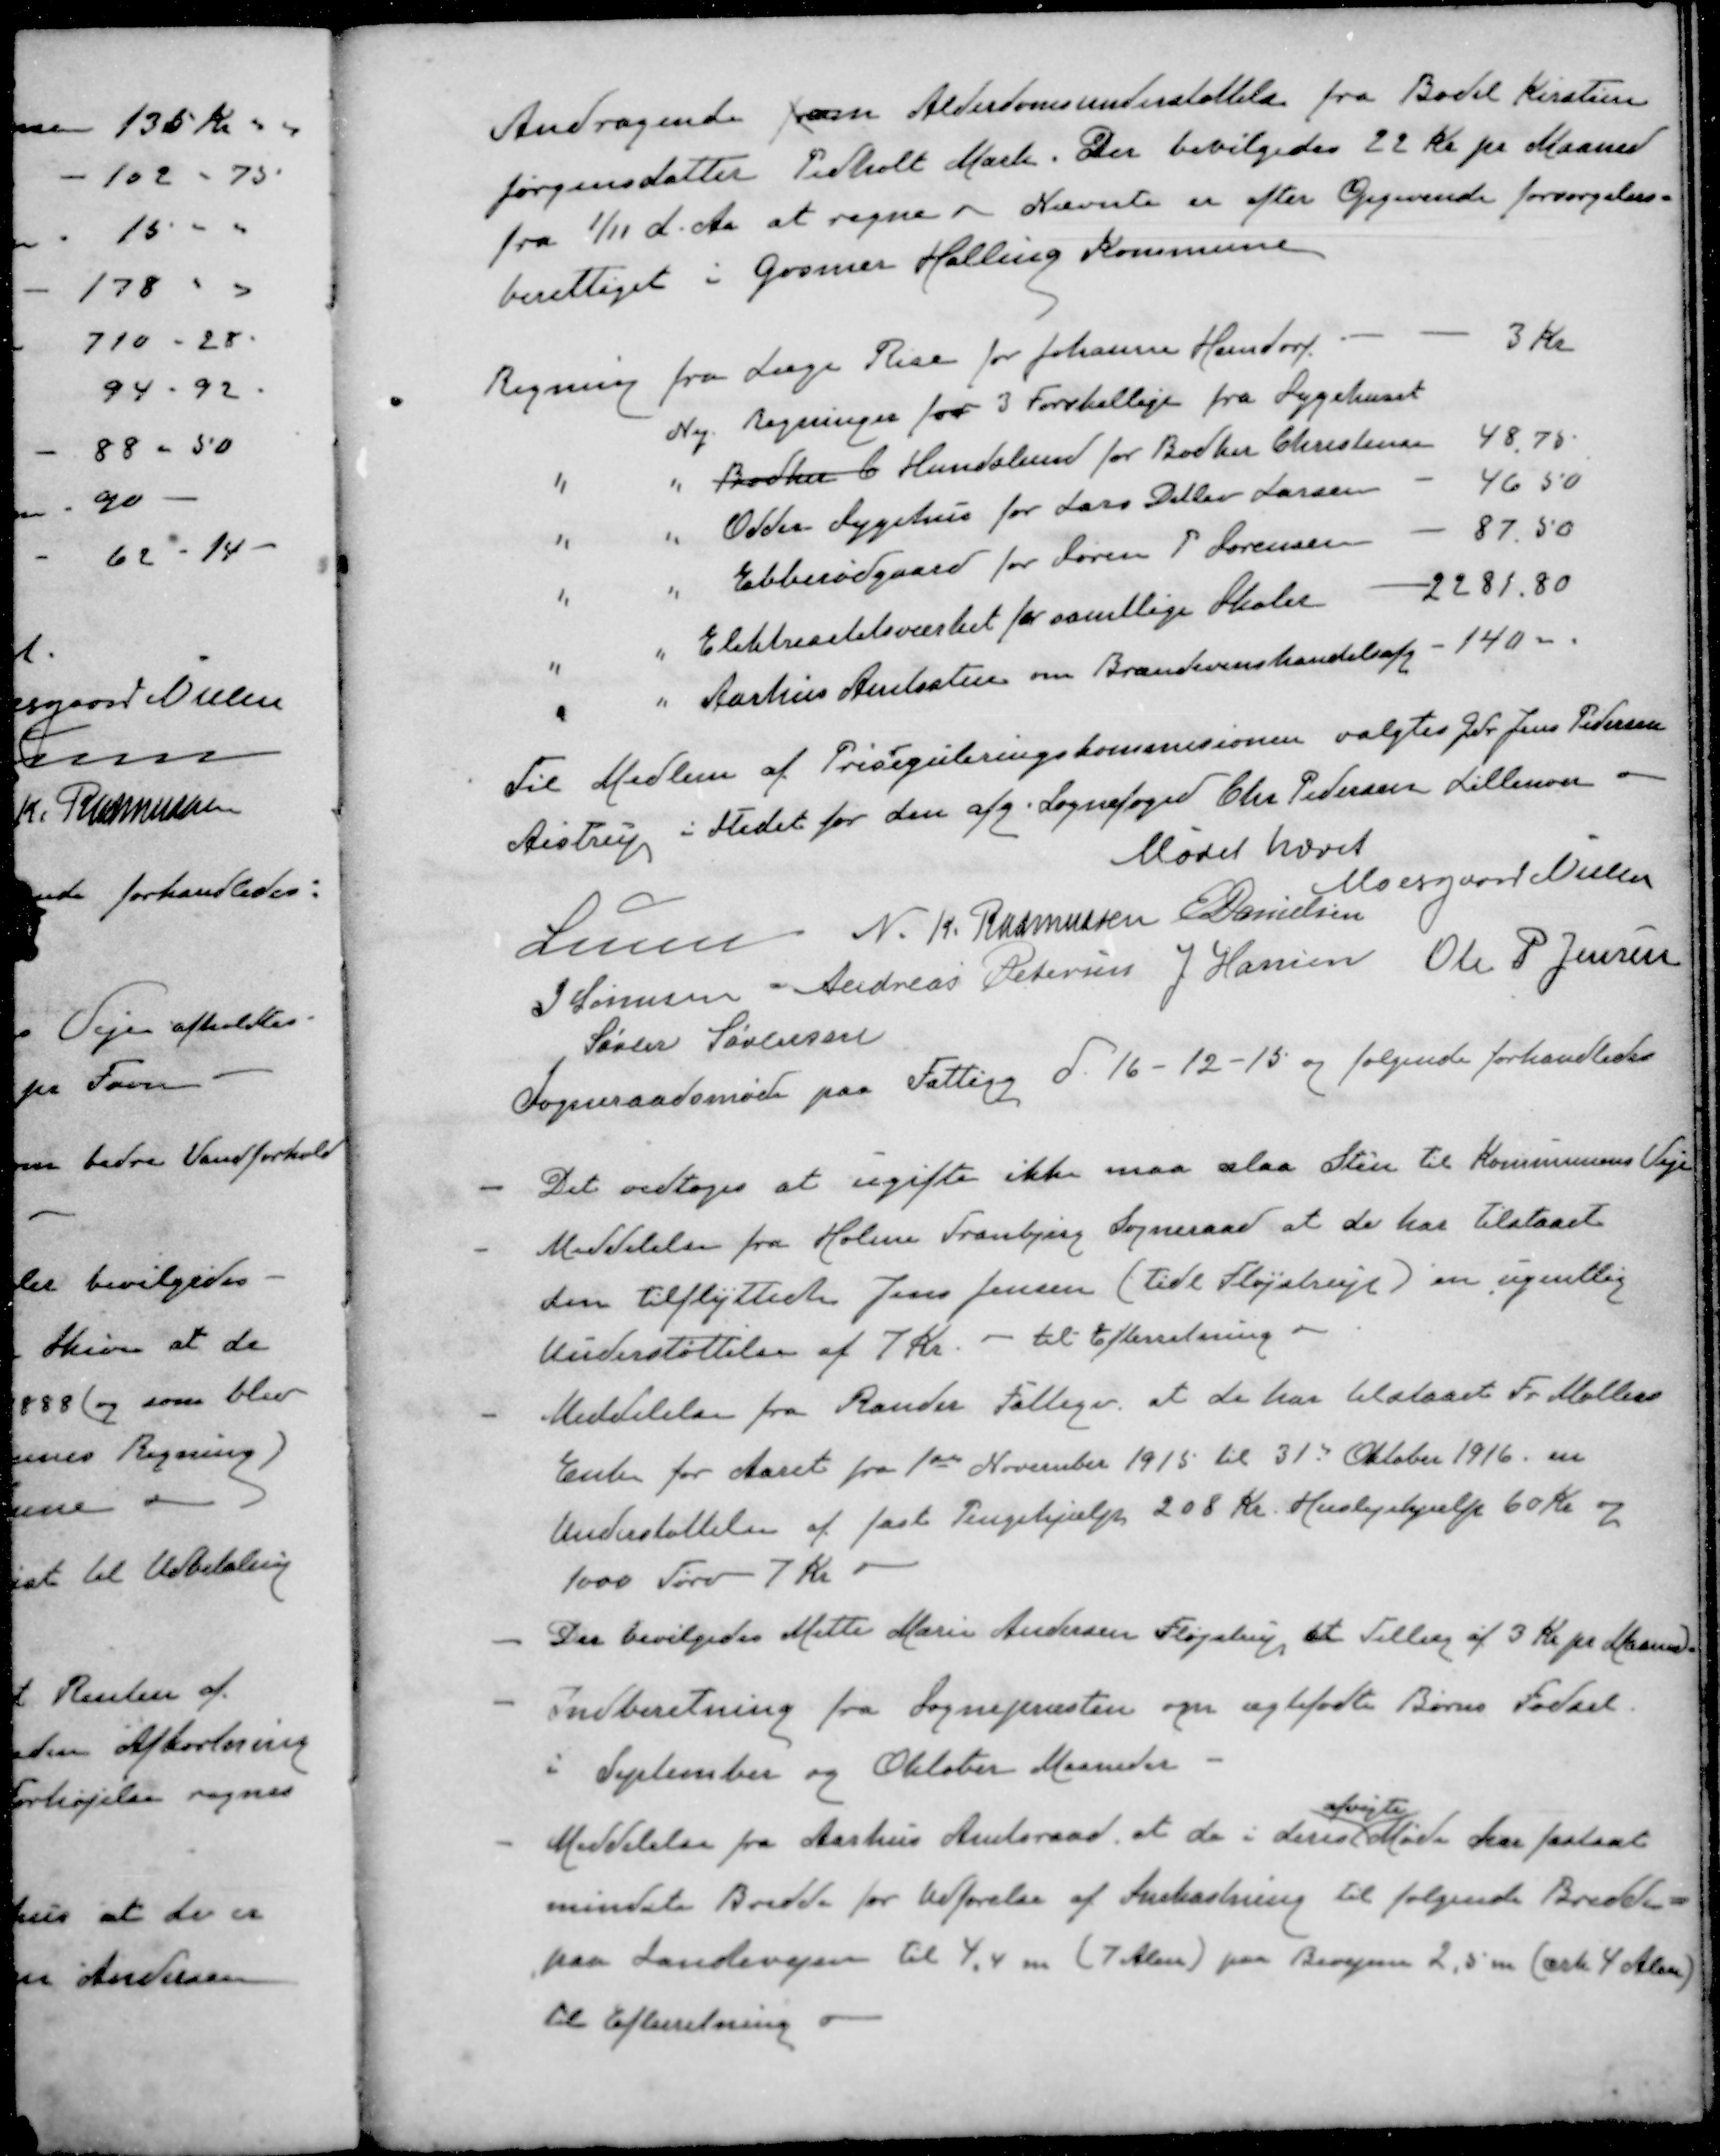
Transskription:
Andragende fr om Alderdomsunderstøttelse fra Bodil Kirstine
Jørgensdatter Pedholt Mark. Der bevilgedes 22 Kr pr Maaned
fra 1/11 d. Aa at regne - Nævnte er efter Opgivende forsørgelses-
berettiget i Gosmer Halling Kommune
Regning fra Læge Rise for Johanne Hersdorf
3 kr
Ny Regninger for 3 Forskellige fra Sygehuset
"
"
Bødker C. Hundslund for Bødker Christensen
48,75
"
"
Odder Sygehus for Lars DDitlev Larsen
46,50
"
"
Ebberødgaard for Søren P Sørensen
87,50
"
"
Elektricitetsværket for samtlige Skoler
2281,80
"
"
Aarhus Amtsstue om Brændevinshandelsafg
140 -
Til Medlem af Prisreguleringskommissionen valgtes Gdr Jens Pedersen
Aistrup i Stedet for den afg. Sognefoged Chr. Pedersen Lillenoer
Mødet hævet
Moesgaard Nielsen
Lunn
N. K. Rasmussen
E Danielsen
J Sørensen
Andreas Petersen
J Hansen
Ole P Jensen
Søren Sørensen
Sogneraadsmøde paa Fattigg d. 16-12-15 og følgende forhandledes
- Det vedtoges at ugifte ikke maa slaa Sten til Kommunens Veje
- Meddelelse fra Holme Tranbjerg Sogneraad at de har tilstaaet
den tilflyttede Jens Jensen (tidl Fløjstrup) en ugentlig
Understøttelse af 7 Kr. - til Efterretning.
- Meddelelse fra Rander Fattigv, at de har tilstaaet Fr. Møllers
Enke for Aaret fra 1ste November 1915 til 31te Oktober 1916 en
Understøttelse af fast Pengehjælp 208 Kr. Huslejehjælp 60 Kr og
1000 Tørv 7 Kr.
- Der bevilgedes Mette Marie Andersen Fløjstrup, et Tillæg af 3 Kr pr Maaned
- Indberetning fra Sognepræsten om ægtefødte Børns Fødsel.
i September og Oktober Maaneder
afvigte
- Meddelelse fra Aarhus Amtsraad, at de i derest Møde har fastsat
mindste Bredde for Udførelse af Snekastning til følgende Bredde -
paa Landevejen til 4,4 m (7 Alen) paa Bivejen 2,5 m (crk. 4 Alen
Til Efterretning